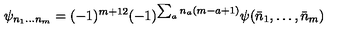
\psi _ { n _ { 1 } \ldots n _ { m } } = ( - 1 ) ^ { { \binom { m + 1 } { 2 } } } ( - 1 ) ^ { \sum _ { a } n _ { a } ( m - a + 1 ) } \psi ( \bar { n } _ { 1 } , \ldots , \bar { n } _ { m } )